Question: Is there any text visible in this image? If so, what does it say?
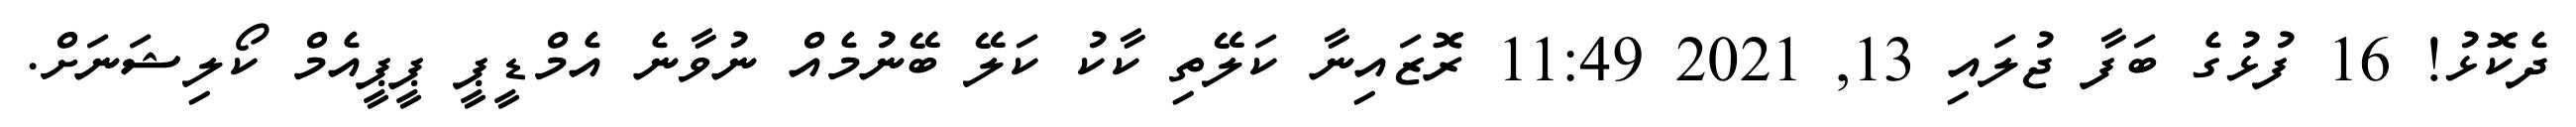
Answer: ދެކޮޅު! 16 ފުޅުގެ ބަފާ ޖުލައި 13, 2021 11:49 ރޮޒައިނާ ކަލޭތި ކާކު ކަލޭ ބޭނުމެއް ނުވާނެ އެމްޑީޕީ ޕީޕީއެމް ކޯލިޝަނަށް.